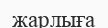
жарлыға